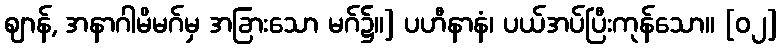
ဈာန်, အနာဂါမိမဂ်မှ အခြားသော မဂ်၌။] ပဟီနာနံ၊ ပယ်အပ်ပြီးကုန်သော။ [၀၂]